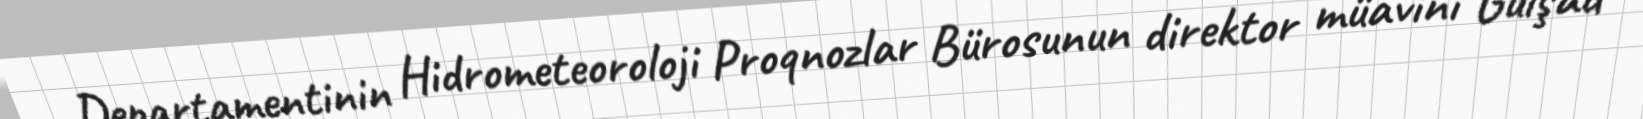
Departamentinin Hidrometeoroloji Proqnozlar Bürosunun direktor müavini Gülşad